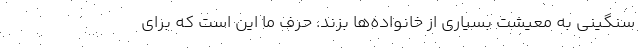
سنگینی به معیشت بسیاری از خانواده‌ها بزند. حرف ما این است که برای